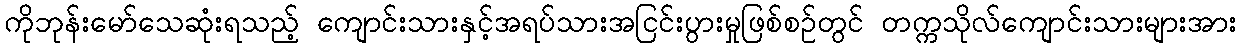
ကိုဘုန်းမော်သေဆုံးရသည့် ကျောင်းသားနှင့်အရပ်သားအငြင်းပွားမှုဖြစ်စဉ်တွင် တက္ကသိုလ်ကျောင်းသားများအား